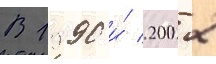
В 1990 и́ 2002